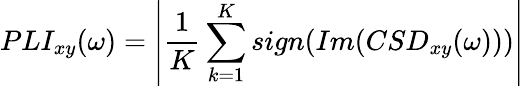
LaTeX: PLI_{xy}(\omega)=\left|\frac{1}{K}\sum_{k=1}^{K}sign(Im(CSD_{xy}(\omega)))\right|